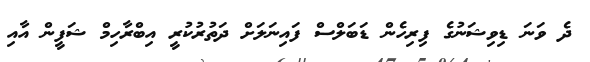
ދެ ވަނަ ޑިވިޝަނުގެ ފިރިހެން ޑަބަލްސް ފައިނަލަށް ދަތުރުކުރީ އިބްރާހިމް ޝަފީން އާއި